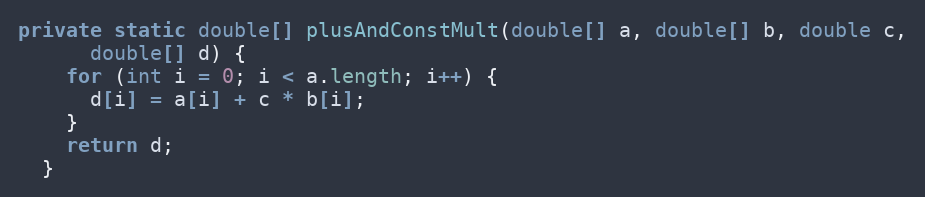
Language: Java
private static double[] plusAndConstMult(double[] a, double[] b, double c,
      double[] d) {
    for (int i = 0; i < a.length; i++) {
      d[i] = a[i] + c * b[i];
    }
    return d;
  }